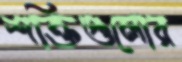
শক্তিগুলোর